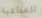
المداعبة